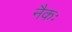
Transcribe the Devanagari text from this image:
नैकः